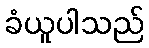
ခံယူပါသည်